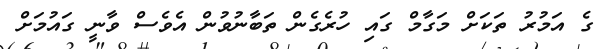
ގެ އަމުރު ތަކަށް މަގާމް ގައި ހުރެގެން ތަބާނުވުން އެވެސް ވާނީ ގައުމަށް